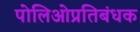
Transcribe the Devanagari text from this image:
पोलिओप्रतिबंधक